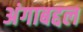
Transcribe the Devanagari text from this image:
अंगाबद्दल